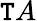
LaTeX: \mathtt{T}A